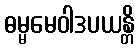
ဓမ္မမေဝါဒပယန္တိ